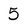
Character: 5